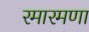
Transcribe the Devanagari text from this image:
रमारमणा